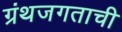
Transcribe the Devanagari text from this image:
ग्रंथजगताची